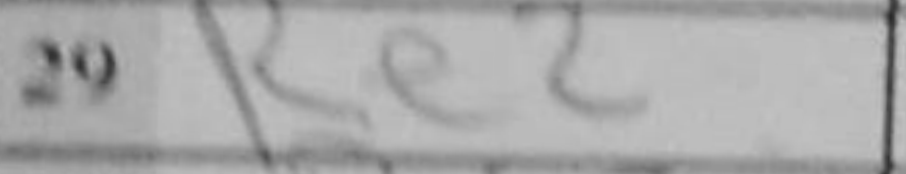
Transcription: Re2